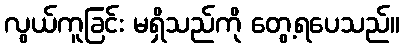
လွယ်ကူခြင်း မရှိသည်ကို တွေ့ရပေသည်။